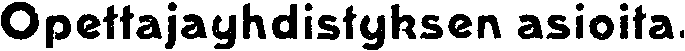
Opettajayhdistyksen asioita.